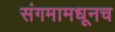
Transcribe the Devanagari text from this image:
संगमामधूनच